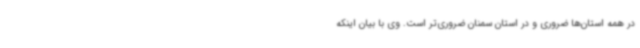
در همه استان‌ها ضروری و در استان سمنان ضروری‌تر است. وی با بیان اینکه